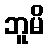
ဘူမိ